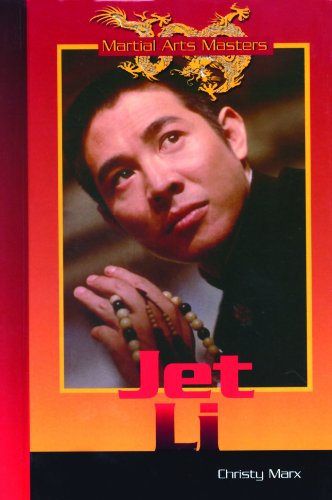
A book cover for Jet Li (Martial Arts Masters); Christy Marx; Teen & Young Adult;